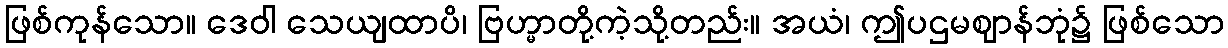
ဖြစ်ကုန်သော။ ဒေဝါ သေယျထာပိ၊ ဗြဟ္မာတို့ကဲ့သို့တည်း။ အယံ၊ ဤပဌမဈာန်ဘုံ၌ ဖြစ်သော